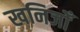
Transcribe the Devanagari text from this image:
खनिजोँ